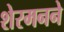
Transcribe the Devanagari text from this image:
शेरमनने